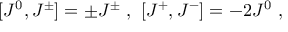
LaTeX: [ J ^ { 0 } , J ^ { \pm } ] = \pm J ^ { \pm } \ , \ [ J ^ { + } , J ^ { - } ] = - 2 J ^ { 0 } \ ,